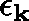
\mathbf { \epsilon } _ { \mathbf { k } }